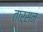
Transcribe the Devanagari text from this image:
तार्सन